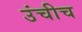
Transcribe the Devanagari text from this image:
उंचीच